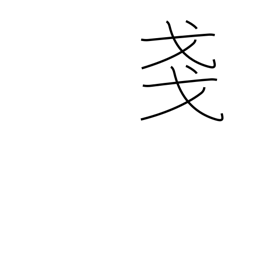
Meaning: slight